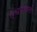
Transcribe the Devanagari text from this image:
ऐश्वर्यशाली।